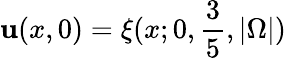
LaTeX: \mathbf{u}(x,0)=\xi(x;0,\frac{{3}}{{5}},|\Omega|)